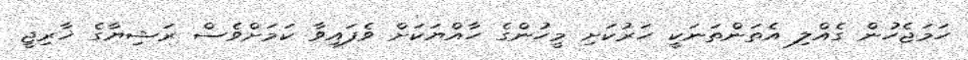
ހަމަޖެހުން ގެއްލި އެތަންތަނަކީ ހަރުކަށި މީހުންގެ ހާއްޔަކަށް ވެފައިވާ ކަމަށްވެސް ރަޝިޔާގެ ޚާރިޖީ